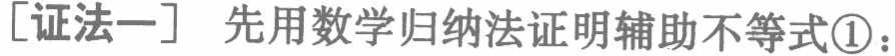
[证法一] 先用数学归纳法证明辅助不等式\textcircled{1}：